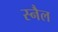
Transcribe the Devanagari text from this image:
स्नैल